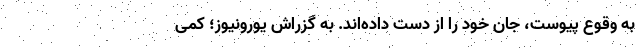
به وقوع پیوست، جان خود را از دست داده‌اند. به گزراش یورونیوز؛ کمی